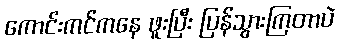
ကောင်းကင်ကနေ ဖူးပြီး ပြန်သွားကြတာပဲ